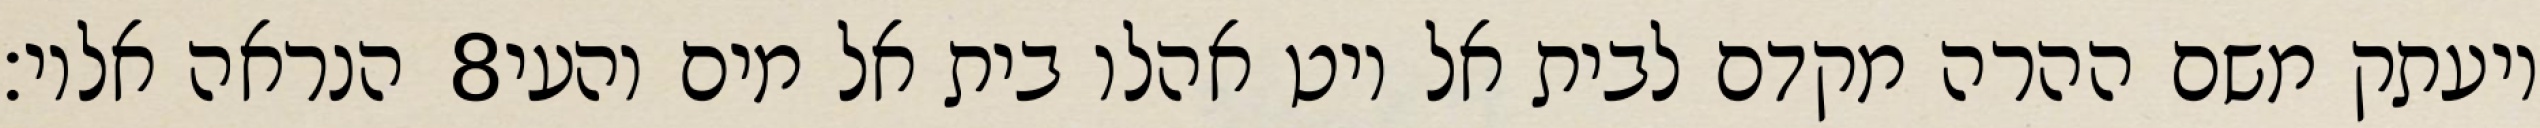
הנראה אליו׃ ‎8‏ ויעתק משם ההרה מקדם לבית אל ויט אהלו בית אל מים והעי